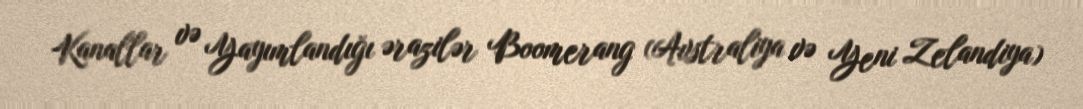
Kanallar və Yayımlandığı ərazilər Boomerang (Avstraliya və Yeni Zelandiya)